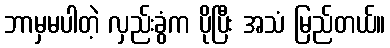
ဘာမှမပါတဲ့ လှည်းခွံက ပိုပြီး အသံ မြည်တယ်။